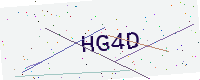
Text: HG4D